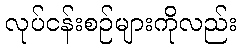
လုပ်ငန်းစဉ်များကိုလည်း